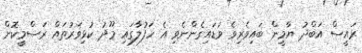
ރައީސް އަބްދު ޔާމީން ބައިވެރިވެ ވަޑައިގެންނެވި އެ ހަފުލާގައި މޫދު ކުޅިވަރުތައް ރަސްމީކޮށް